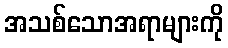
အသစ်သောအရာများကို